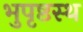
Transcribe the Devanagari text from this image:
भुपृष्ठस्थ